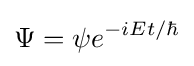
\Psi =\psi e^{-iEt/\hbar }